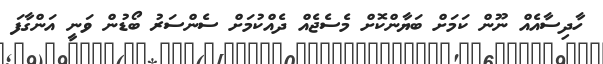
ހާދިސާއެއް ނޫން ކަމަށް ބަޔާންކޮށް މެސެޖެއް ދެއްކުމަށް ސެންސަރު ބޯޑުން ވަނީ އަންގާފަ